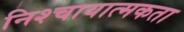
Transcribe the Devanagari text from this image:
निश्चायात्मकता